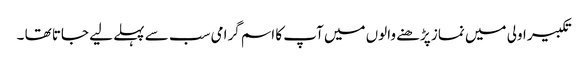
تکبیر اولی میں نماز پڑھنے والوں میں آپ کا اسم گرامی سب سے پہلے لیے جاتا تھا ۔